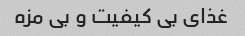
غذای بی کیفیت و بی مزه